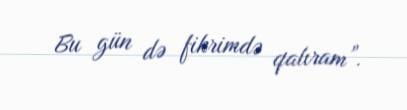
Bu gün də fikrimdə qalıram”.